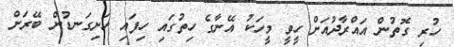
ހުރި ގޮތުން އައްރާދުއަށް ހީވީ މީހަކު އޭނާގެ ހިތުގައި ހިފައި ހަށިގަނޑުން ބޭރަށް